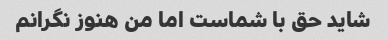
شاید حق با شماست اما من هنوز نگرانم